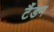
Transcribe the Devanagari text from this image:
टैंडम